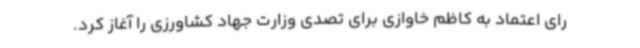
رای اعتماد به کاظم خاوازی برای تصدی وزارت جهاد کشاورزی را آغاز کرد.